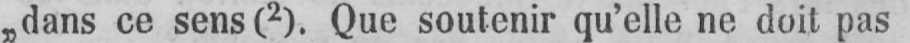
„dans ce sens(2). Que soutenir qu’elle ne doit pas